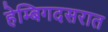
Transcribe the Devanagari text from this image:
हेम्बिगदसरात